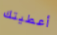
أعطيتك